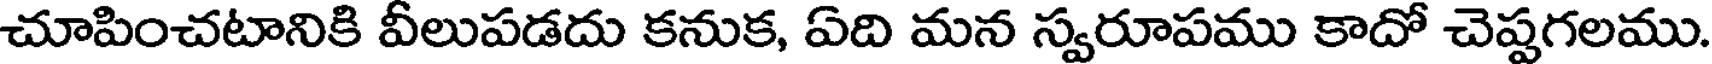
చూపించటానికి వీలుపడదు కనుక, ఏది మన స్వరూపము కాదో చెప్పగలము